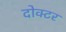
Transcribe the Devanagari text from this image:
दोक्टर